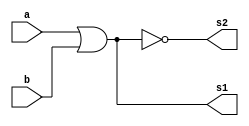
// -------------------------
// Exemplo_0702 - GATES
// Nome: Felipe Augusto Morais Silva 
// -------------------------
// -------------------------
// f7_gate
// -------------------------
// useful video: https://www.youtube.com/watch?v=HIeQhZ9Gq5s
// a multiplexer has multiple inputs, and a single output, you can choose
// which input goes to your output.
// on the other hand, a demultiplexer is the inverse, alowing a single input
// to have multiple outputs. 
// here we will treat "mux" as a multiplexers and "demux" as Demultiplexer
// multiplexers and demultiplexers often work together.
//
module f7 ( output s1, output s2, input a, input b );
or OR1 (s1, a, b);
nor NOR1 (s2, a, b);
endmodule // f7
// -------------------------
// multiplexer
// -------------------------
module mux ( output s, input a, input b, input select );
// definir dados locais
wire not_select;
wire sa;
wire sb;
// descrever por portas
not NOT1 ( not_select, select );
and AND1 ( sa, a, not_select );
and AND2 ( sb, b, select );
or OR1 ( s , sa, sb );
endmodule // mux
module test_f7;
// ------------------------- definir dados
reg x;
reg y;
reg s;
wire s1;
wire s2;
wire mux_out;//multiplex output
f7 modulo ( s1, s2, x, y );
mux MUX1 ( mux_out, s1, s2, s );
// ------------------------- parte principal
initial
begin : main
$display("Exemplo_0702 - Felipe Augusto Morais Silva - 748473");
$display("Test LU's module");
$display("   x    y    s    s1   s2   ans");
//must define the variables before the first print, otherwise the answer will
//be x x x x ... 
x = 1'b0; y = 1'b0; s = 1'b0;
#1 $monitor("%4b %4b %4b %4b %4b %4b", x, y, s, s1, s2, mux_out);
//here we will shift the values of x and y depending on the multiplexer s 
//when s == 0
//#1 	 s = 1'b0;
//#1   x = 1'b0;  y =  1'b0;
#1   x = 1'b0;  y =  1'b1;
#1   x = 1'b1;  y =  1'b0;
#1   x = 1'b1;  y =  1'b1;
//when s = 1
//it will print X = 1, Y = 1; 2 times, idk why tho.
#1 	 s = 1'b1;
#1   x = 1'b0;  y =  1'b0;
#1   x = 1'b0;  y =  1'b1;
#1   x = 1'b1;  y =  1'b0;
#1   x = 1'b1;  y =  1'b1;

end
endmodule // test_f7